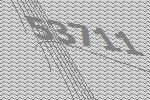
53711